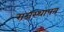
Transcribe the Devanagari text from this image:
राजस्थापन